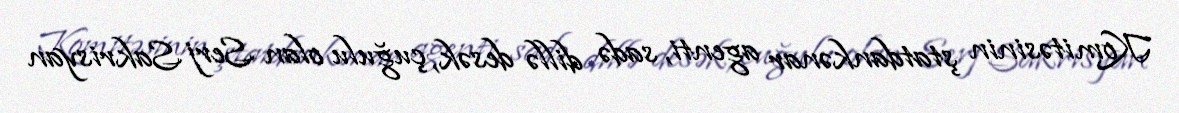
Komitəsinin ştatdankənar agenti, sadə dillə desək, çuğulu olan Serj Sakrisyan